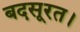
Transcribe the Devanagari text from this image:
बदसूरत।